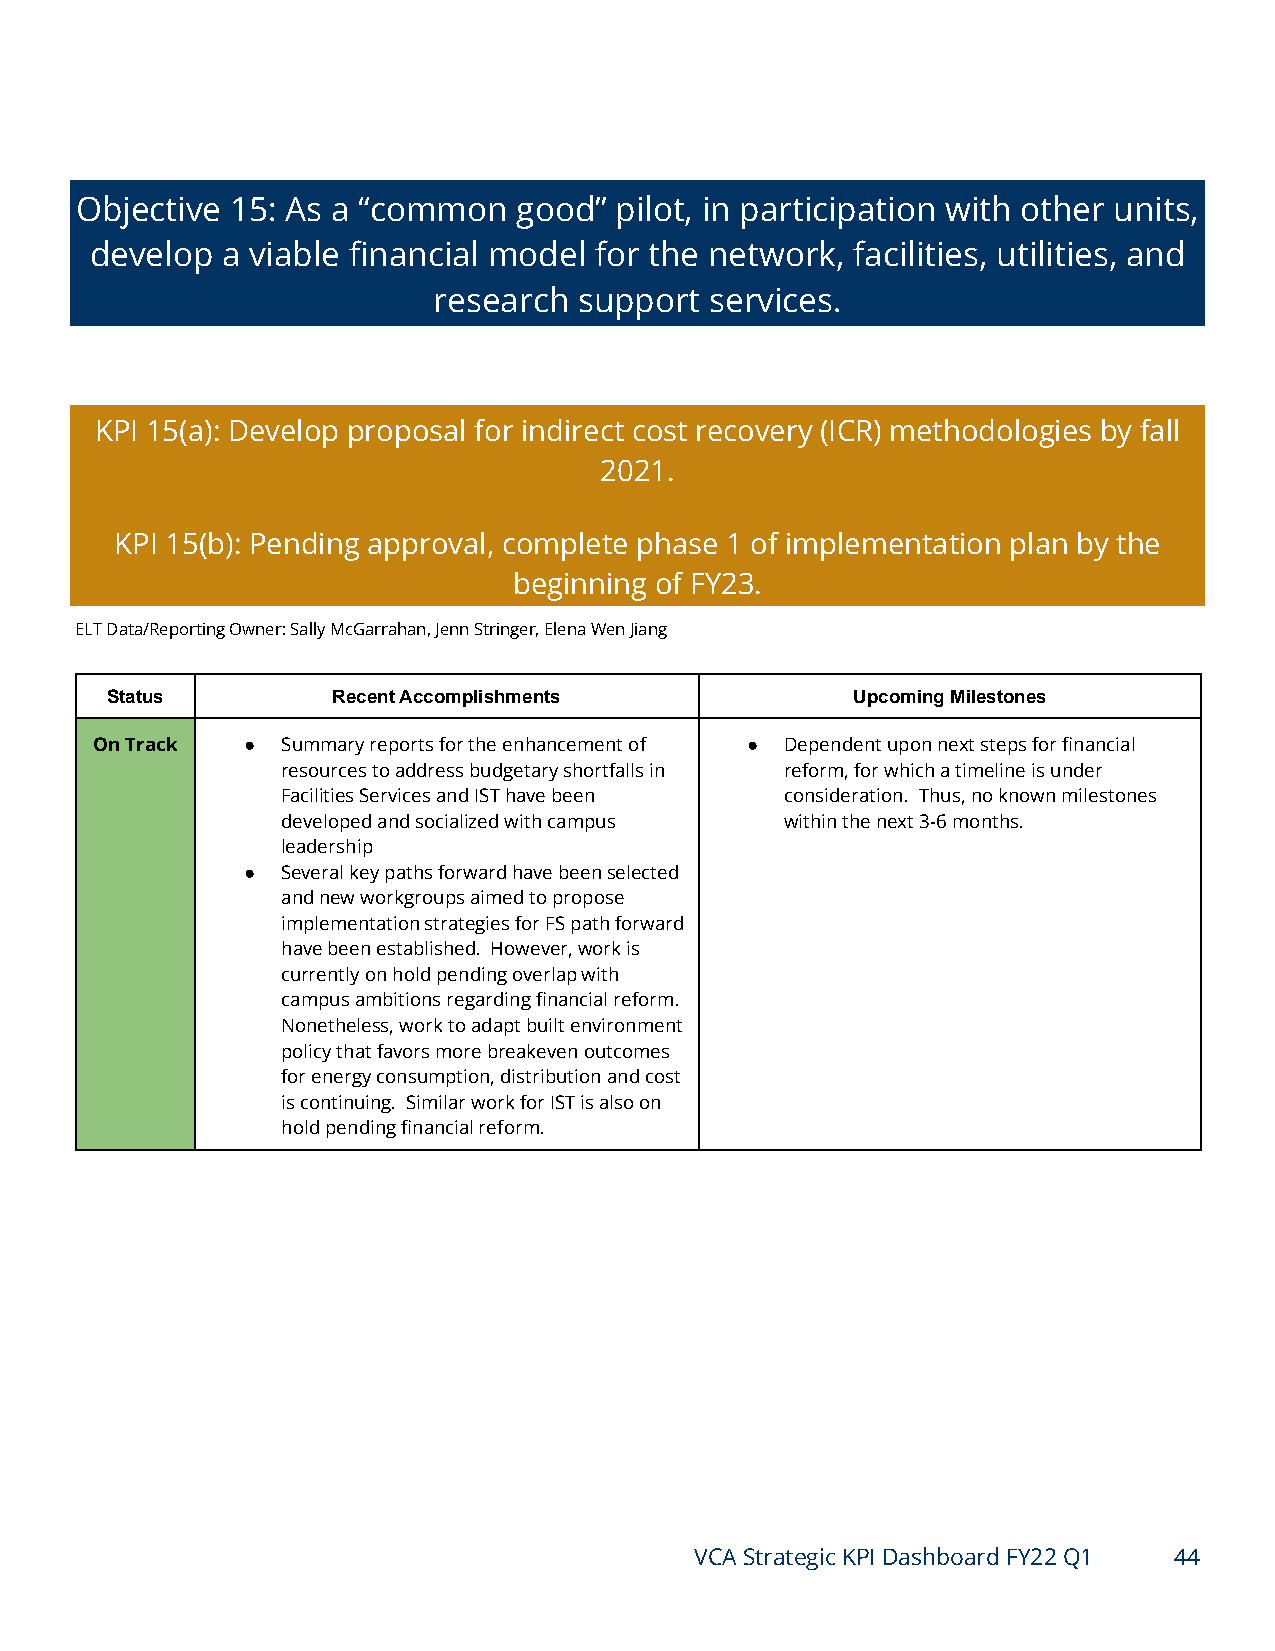
Objective 15: As a “common   good”  pilot, in participation with other units,
 develop  a viable financial model for the network, facilities, utilities, and
 research support  services.
 KPI 15(a): Develop proposal for indirect cost recovery (ICR) methodologies by fall
 2021.
 KPI 15(b): Pending approval, complete phase 1 of implementation plan by the
 beginning of FY23.
 ELT Data/Reporting Owner: Sally McGarrahan, Jenn Stringer, Elena Wen Jiang
 Status         Recent Accomplishments            Upcoming Milestones
 On Track  ●  Summary reports for the enhancement of ● Dependent upon next steps for financial
 resources to address budgetary shortfalls in reform, for which a timeline is under
 Facilities Services and IST have been consideration. Thus, no known milestones
 developed and socialized with campus within the next 3-6 months.
 leadership
 ●  Several key paths forward have been selected
 and new workgroups aimed to propose
 implementation strategies for FS path forward
 have been established. However, work is
 currently on hold pending overlap with
 campus ambitions regarding financial reform.
 Nonetheless, work to adapt built environment
 policy that favors more breakeven outcomes
 for energy consumption, distribution and cost
 is continuing. Similar work for IST is also on
 hold pending financial reform.
 VCA Strategic KPI Dashboard FY22 Q1 44